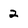
Character: 2